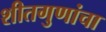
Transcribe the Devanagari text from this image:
शीतगुणांचा